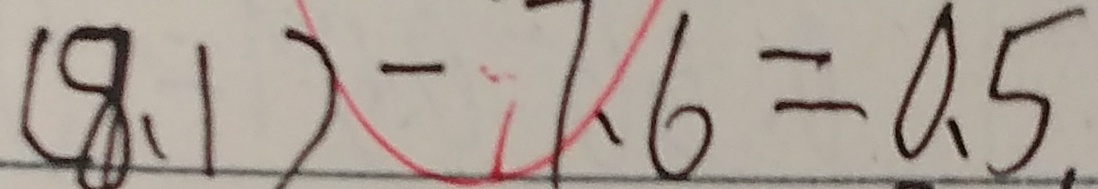
( 8 . 1 ) - 7 . 6 = 0 . 5